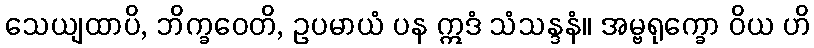
သေယျထာပိ, ဘိက္ခဝေတိ, ဥပမာယံ ပန ဣဒံ သံသန္ဒနံ။ အမ္ဗရုက္ခော ဝိယ ဟိ